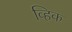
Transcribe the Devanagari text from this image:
व्हिक